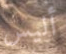
أليس